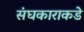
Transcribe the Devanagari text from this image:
संघकाराकडे